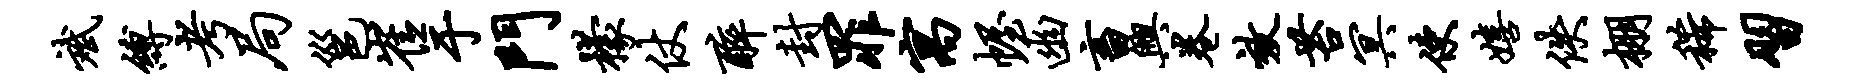
斌缚考局邕崔于门檬仗醉封罪寓幄幽畜兴卷效苔冥使嬉佚棚稀习